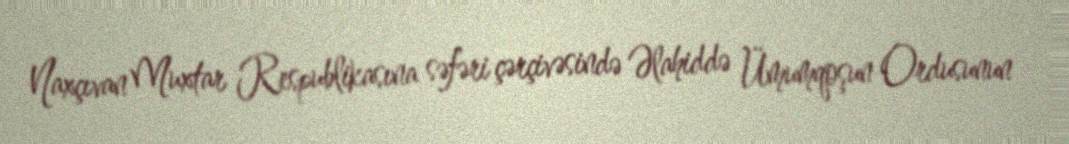
Naxçıvan Muxtar Respublikasına səfəri çərçivəsində Əlahiddə Ümumqoşun Ordusunun